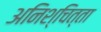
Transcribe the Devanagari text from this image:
अनिश्चित्ता